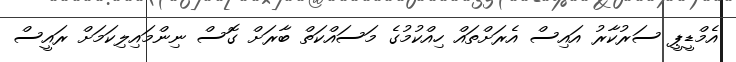
އެމްޑީޕީ ސަރުކާރު އައިސް އެރަށްތައް ހިއްކުމުގެ މަސައްކަތް ބާރަށް ގޮސް ނިންމައިލިކަމަށް ރައީސް